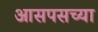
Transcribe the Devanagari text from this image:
आसपसच्या